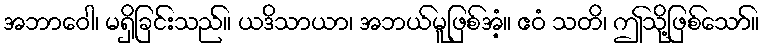
အဘာဝေါ၊ မရှိခြင်းသည်။ ယဒိသာယာ၊ အဘယ်မူဖြစ်အံ့။ ဧဝံ သတိ၊ ဤသို့ဖြစ်သော်။